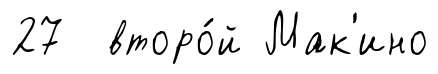
27 второ́й Мак'ино